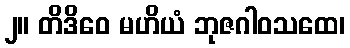
၂။ တိဒိဝေ မဟိယံ ဘုဇဂါဝသထေ၊